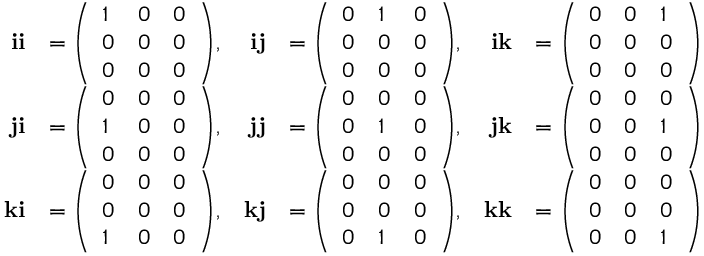
{ \begin{array} { r l r l r l } { \mathbf { i i } } & { = { \left( \begin{array} { l l l } { 1 } & { 0 } & { 0 } \\ { 0 } & { 0 } & { 0 } \\ { 0 } & { 0 } & { 0 } \end{array} \right) } , } & { \mathbf { i j } } & { = { \left( \begin{array} { l l l } { 0 } & { 1 } & { 0 } \\ { 0 } & { 0 } & { 0 } \\ { 0 } & { 0 } & { 0 } \end{array} \right) } , } & { \mathbf { i k } } & { = { \left( \begin{array} { l l l } { 0 } & { 0 } & { 1 } \\ { 0 } & { 0 } & { 0 } \\ { 0 } & { 0 } & { 0 } \end{array} \right) } } \\ { \mathbf { j i } } & { = { \left( \begin{array} { l l l } { 0 } & { 0 } & { 0 } \\ { 1 } & { 0 } & { 0 } \\ { 0 } & { 0 } & { 0 } \end{array} \right) } , } & { \mathbf { j j } } & { = { \left( \begin{array} { l l l } { 0 } & { 0 } & { 0 } \\ { 0 } & { 1 } & { 0 } \\ { 0 } & { 0 } & { 0 } \end{array} \right) } , } & { \mathbf { j k } } & { = { \left( \begin{array} { l l l } { 0 } & { 0 } & { 0 } \\ { 0 } & { 0 } & { 1 } \\ { 0 } & { 0 } & { 0 } \end{array} \right) } } \\ { \mathbf { k i } } & { = { \left( \begin{array} { l l l } { 0 } & { 0 } & { 0 } \\ { 0 } & { 0 } & { 0 } \\ { 1 } & { 0 } & { 0 } \end{array} \right) } , } & { \mathbf { k j } } & { = { \left( \begin{array} { l l l } { 0 } & { 0 } & { 0 } \\ { 0 } & { 0 } & { 0 } \\ { 0 } & { 1 } & { 0 } \end{array} \right) } , } & { \mathbf { k k } } & { = { \left( \begin{array} { l l l } { 0 } & { 0 } & { 0 } \\ { 0 } & { 0 } & { 0 } \\ { 0 } & { 0 } & { 1 } \end{array} \right) } } \end{array} }